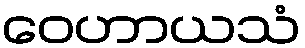
ဝေဟာယသံ